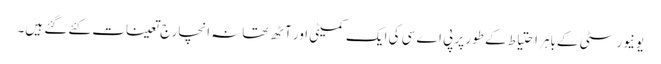
یونیورسٹی کےباہر احتیاط کے طور پر پی اے سی کی ایک کمیٹی اور آٹھ تھانہ انچارج تعینات کئے گئے ہیں۔